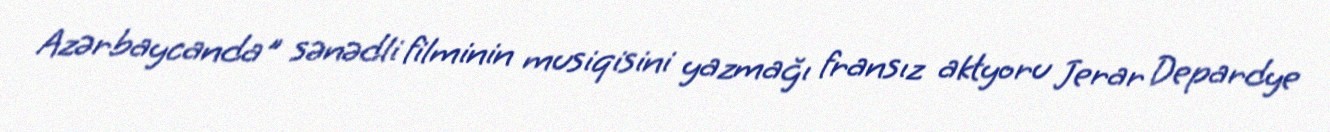
Azərbaycanda" sənədli filminin musiqisini yazmağı fransız aktyoru Jerar Depardye